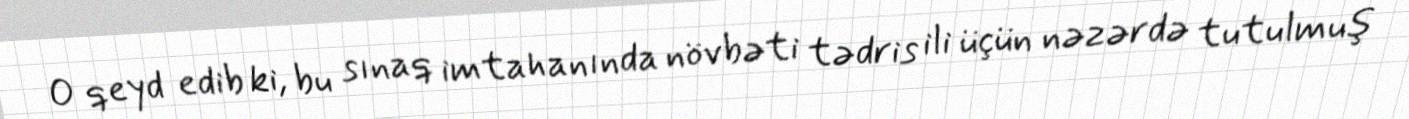
O qeyd edib ki, bu sınaq imtahanında növbəti tədris ili üçün nəzərdə tutulmuş